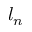
l _ { n }